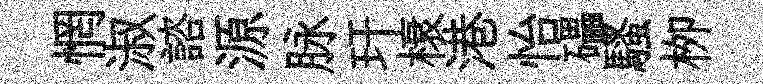
惘淑諮源脉玕榱港怡礧騷栁